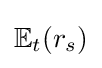
\mathbb {E} _{t}(r_{s})